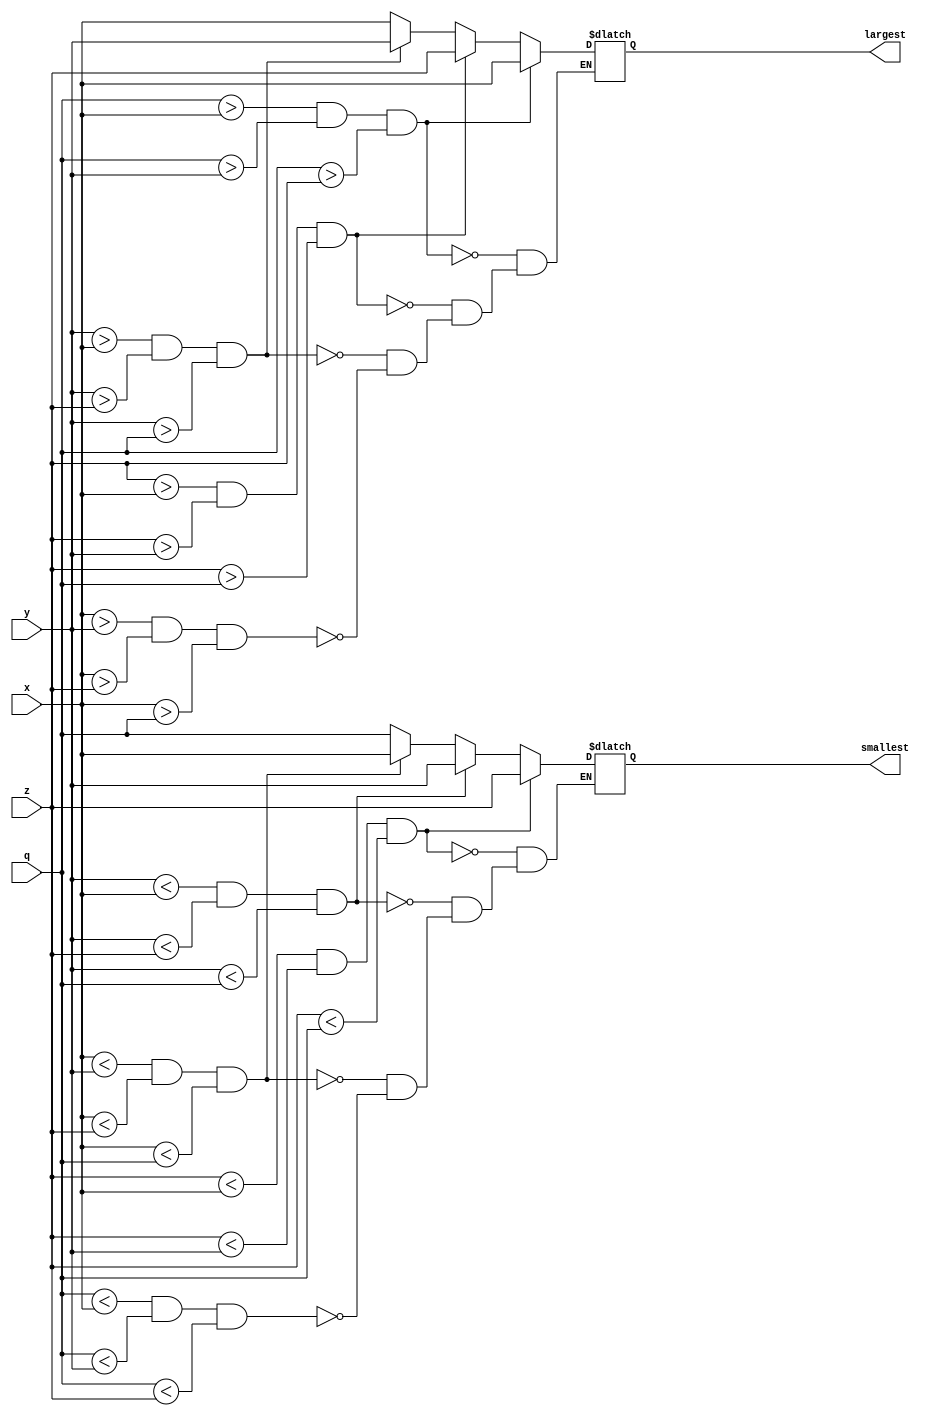
`timescale 1ns / 1ps

module comp(input signed [7:0] x,y,z,q,
                 output reg signed [7:0] smallest, largest);
 always @ (x,y,z,q) begin
 
 begin
 if(q<x  && q<y && q<z)
 smallest = q;
 if(x<y && x<z && x<q)
 smallest = x;
 if(y<x && y<z && y<q)
  smallest = y;
 if(z<x && z<y && z<q)
   smallest = z; 
 end
 begin
 if(x>y && x>z && x>q)
 largest = x;
 if(y>x && y>z && y>q)
 largest = y;
 if(z>x && z>y && z>q)
 largest = z;
 if(q>x && q>y && q>z)
 largest = x;
end 
end
endmodule